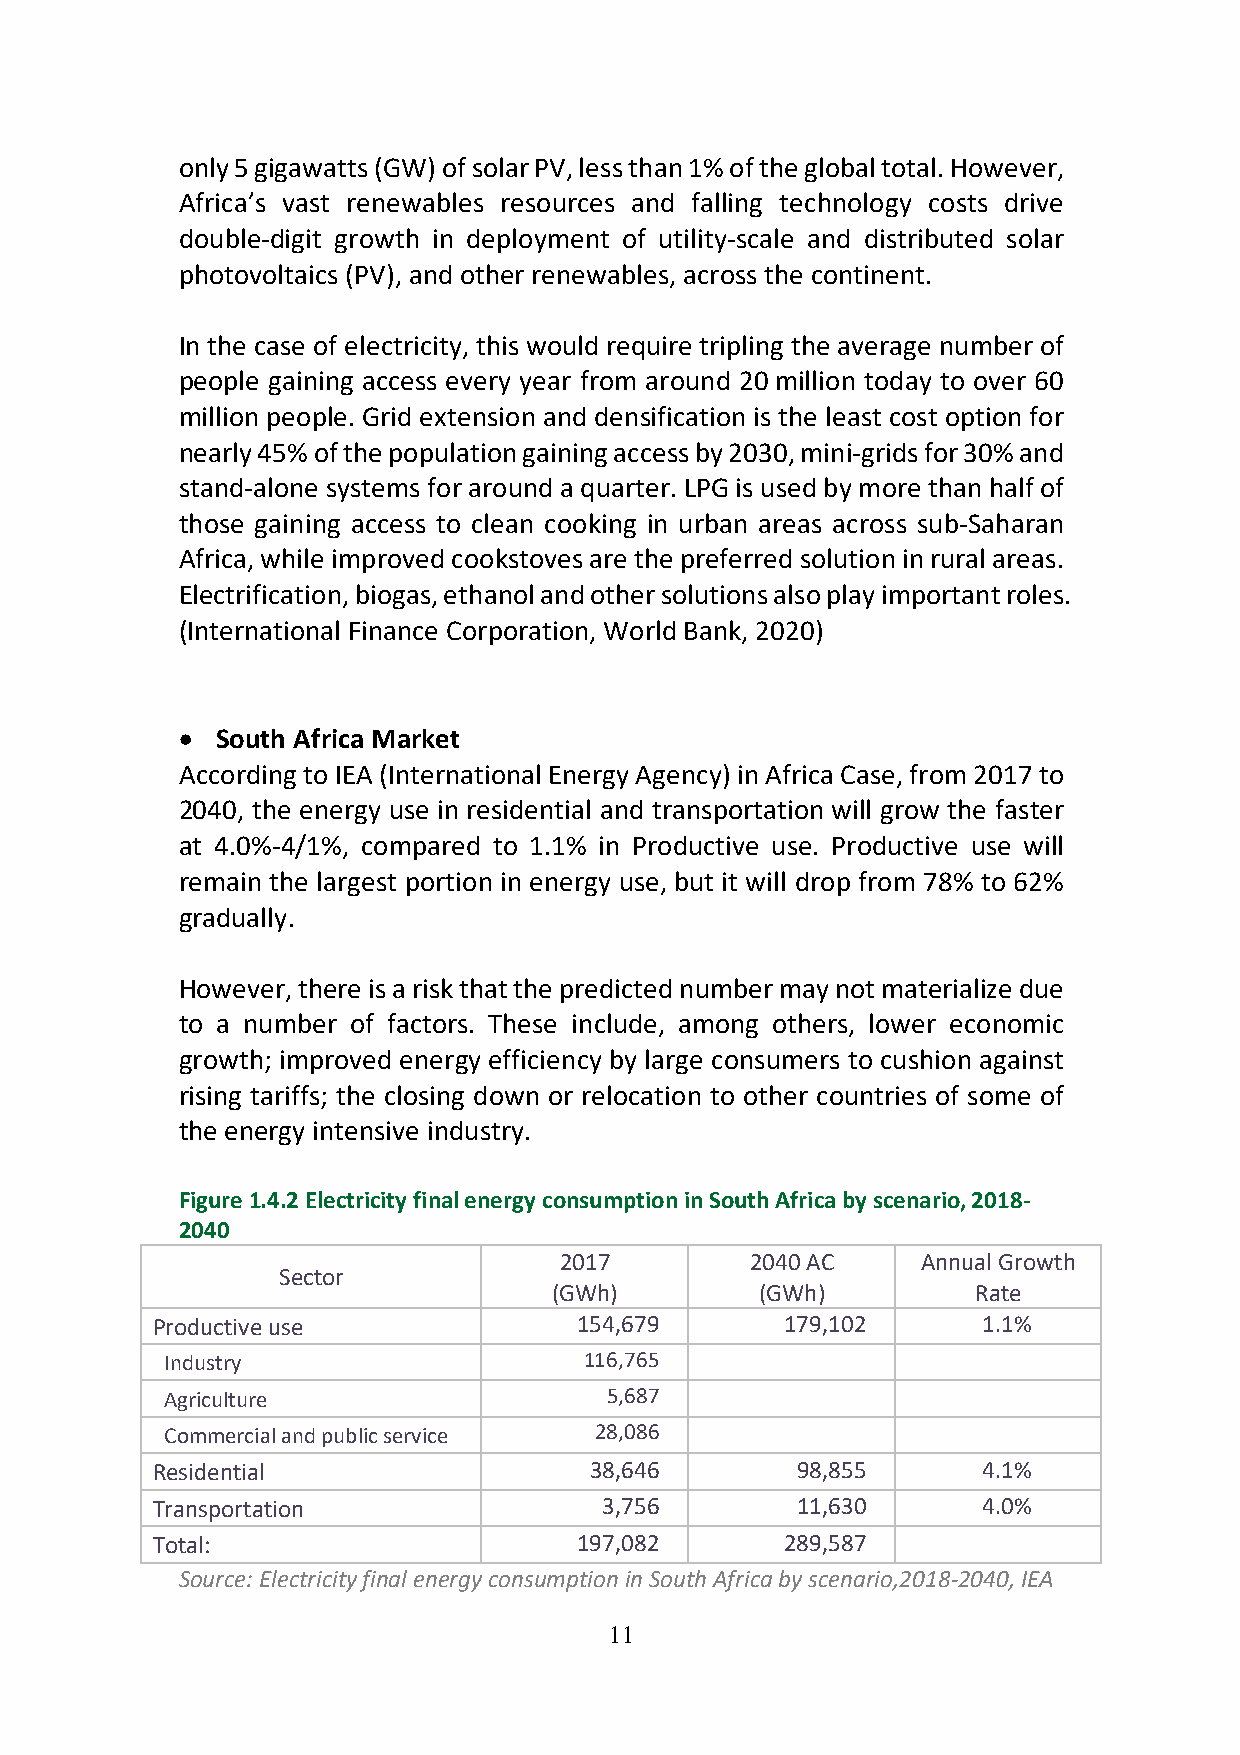
only 5 gigawatts (GW) of solar PV, less than 1% of the global total. However,
 Africa’s vast renewables resources and falling technology costs drive
 double-digit growth in deployment of utility-scale and distributed solar
 photovoltaics (PV), and other renewables, across the continent.
 In the case of electricity, this would require tripling the average number of
 people gaining access every year from around 20 million today to over 60
 million people. Grid extension and densification is the least cost option for
 nearly 45% of the population gaining access by 2030, mini-grids for 30% and
 stand-alone systems for around a quarter. LPG is used by more than half of
 those gaining access to clean cooking in urban areas across sub-Saharan
 Africa, while improved cookstoves are the preferred solution in rural areas.
 Electrification, biogas, ethanol and other solutions also play important roles.
 (International Finance Corporation, World Bank, 2020)
 • South Africa Market
 According to IEA (International Energy Agency) in Africa Case, from 2017 to
 2040, the energy use in residential and transportation will grow the faster
 at 4.0%-4/1%, compared to 1.1% in Productive use. Productive use will
 remain the largest portion in energy use, but it will drop from 78% to 62%
 gradually.
 However, there is a risk that the predicted number may not materialize due
 to a number of factors. These include, among others, lower economic
 growth; improved energy efficiency by large consumers to cushion against
 rising tariffs; the closing down or relocation to other countries of some of
 the energy intensive industry.
 Figure 1.4.2 Electricity final energy consumption in South Africa by scenario, 2018-
 2040
 2017         2040 AC    Annual Growth
 Sector
 (GWh)        (GWh)          Rate
 Productive use              154,679       179,102      1.1%
 Industry                    116,765
 Agriculture                  5,687
 Commercial and public service 28,086
 Residential                  38,646        98,855      4.1%
 Transportation                3,756        11,630      4.0%
 Total:                      197,082       289,587
 Source: Electricity final energy consumption in South Africa by scenario,2018-2040, IEA
 11